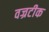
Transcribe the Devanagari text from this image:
वज्रटीक